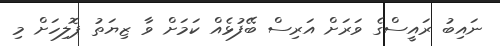
ނައިބު ރައީސްގެ ވަރަށް އަރިސް ބޭފުޅެއް ކަމަށް ވާ ޒިޔަތު ޕޮލިހަށް މި